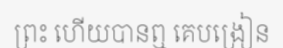
ព្រះ ហើយបានឮ គេបង្រៀន